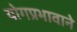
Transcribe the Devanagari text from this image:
योगप्रभावाने